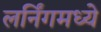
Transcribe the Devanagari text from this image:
लर्निंगमध्ये